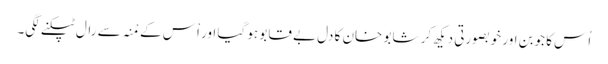
اُس کا جوبن اور خوبصورتی دیکھ کر شابو خان کا دل بے قابو ہو گیا اور اْس کے مْنہ سے رال ٹپکنے لگی۔